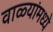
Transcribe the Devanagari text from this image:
वाळ्यांमध्ये